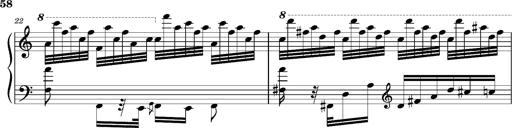
Title: Ungarischer Romanzero
Composer: Franz Liszt